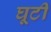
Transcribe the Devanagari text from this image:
घूटी